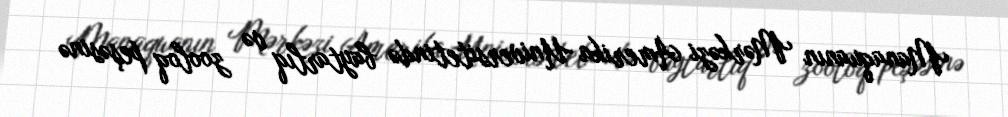
Manaquanın Mərkəzi Amerika Universitetində baytarlıq və zooloq peşəsinə